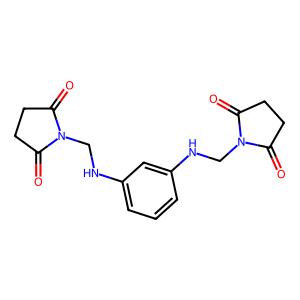
SMILES: O=C1CCC(=O)N1CNc1cccc(NCN2C(=O)CCC2=O)c1
Inhibits HIV replication: No